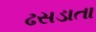
ઢસડાતા